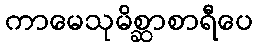
ကာမေသုမိစ္ဆာစာရီပေ